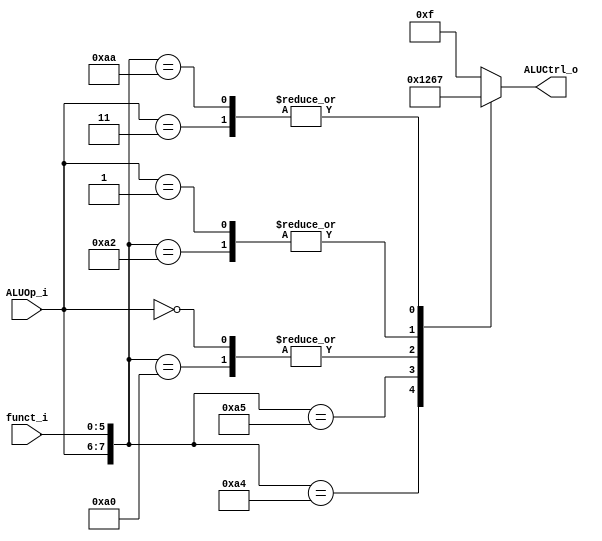
//Subject:     CO project 3 - ALU Controller
//--------------------------------------------------------------------------------
//Version:     1
//--------------------------------------------------------------------------------
//Writer:       110550093
//----------------------------------------------
//Date:        
//----------------------------------------------
//Description: 
//--------------------------------------------------------------------------------

module ALU_Ctrl(
    funct_i,
    ALUOp_i,
    ALUCtrl_o
);
          
//I/O ports 
input      [6-1:0] funct_i;
input      [2-1:0] ALUOp_i;

output     [4-1:0] ALUCtrl_o;    
     
//Internal Signals
reg        [4-1:0] ALUCtrl_o;

//Parameter

//Select exact operation
always @(*) begin
    casex({ALUOp_i, funct_i})
        8'b10_100100: ALUCtrl_o <= 4'b0000; //AND
        8'b10_100101: ALUCtrl_o <= 4'b0001; //OR
        8'b00_xxxxxx, 8'b10_100000: ALUCtrl_o <= 4'b0010; //addi, lw, sw, add
        8'b01_xxxxxx, 8'b10_100010: ALUCtrl_o <= 4'b0110; //beq, sub
        8'b10_101010, 8'b11_xxxxxx: ALUCtrl_o <= 4'b0111; //slt, slti
        default: ALUCtrl_o <= 4'b1111;
    endcase
end

endmodule